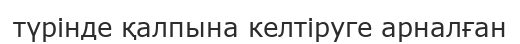
түрінде қалпына келтіруге арналған